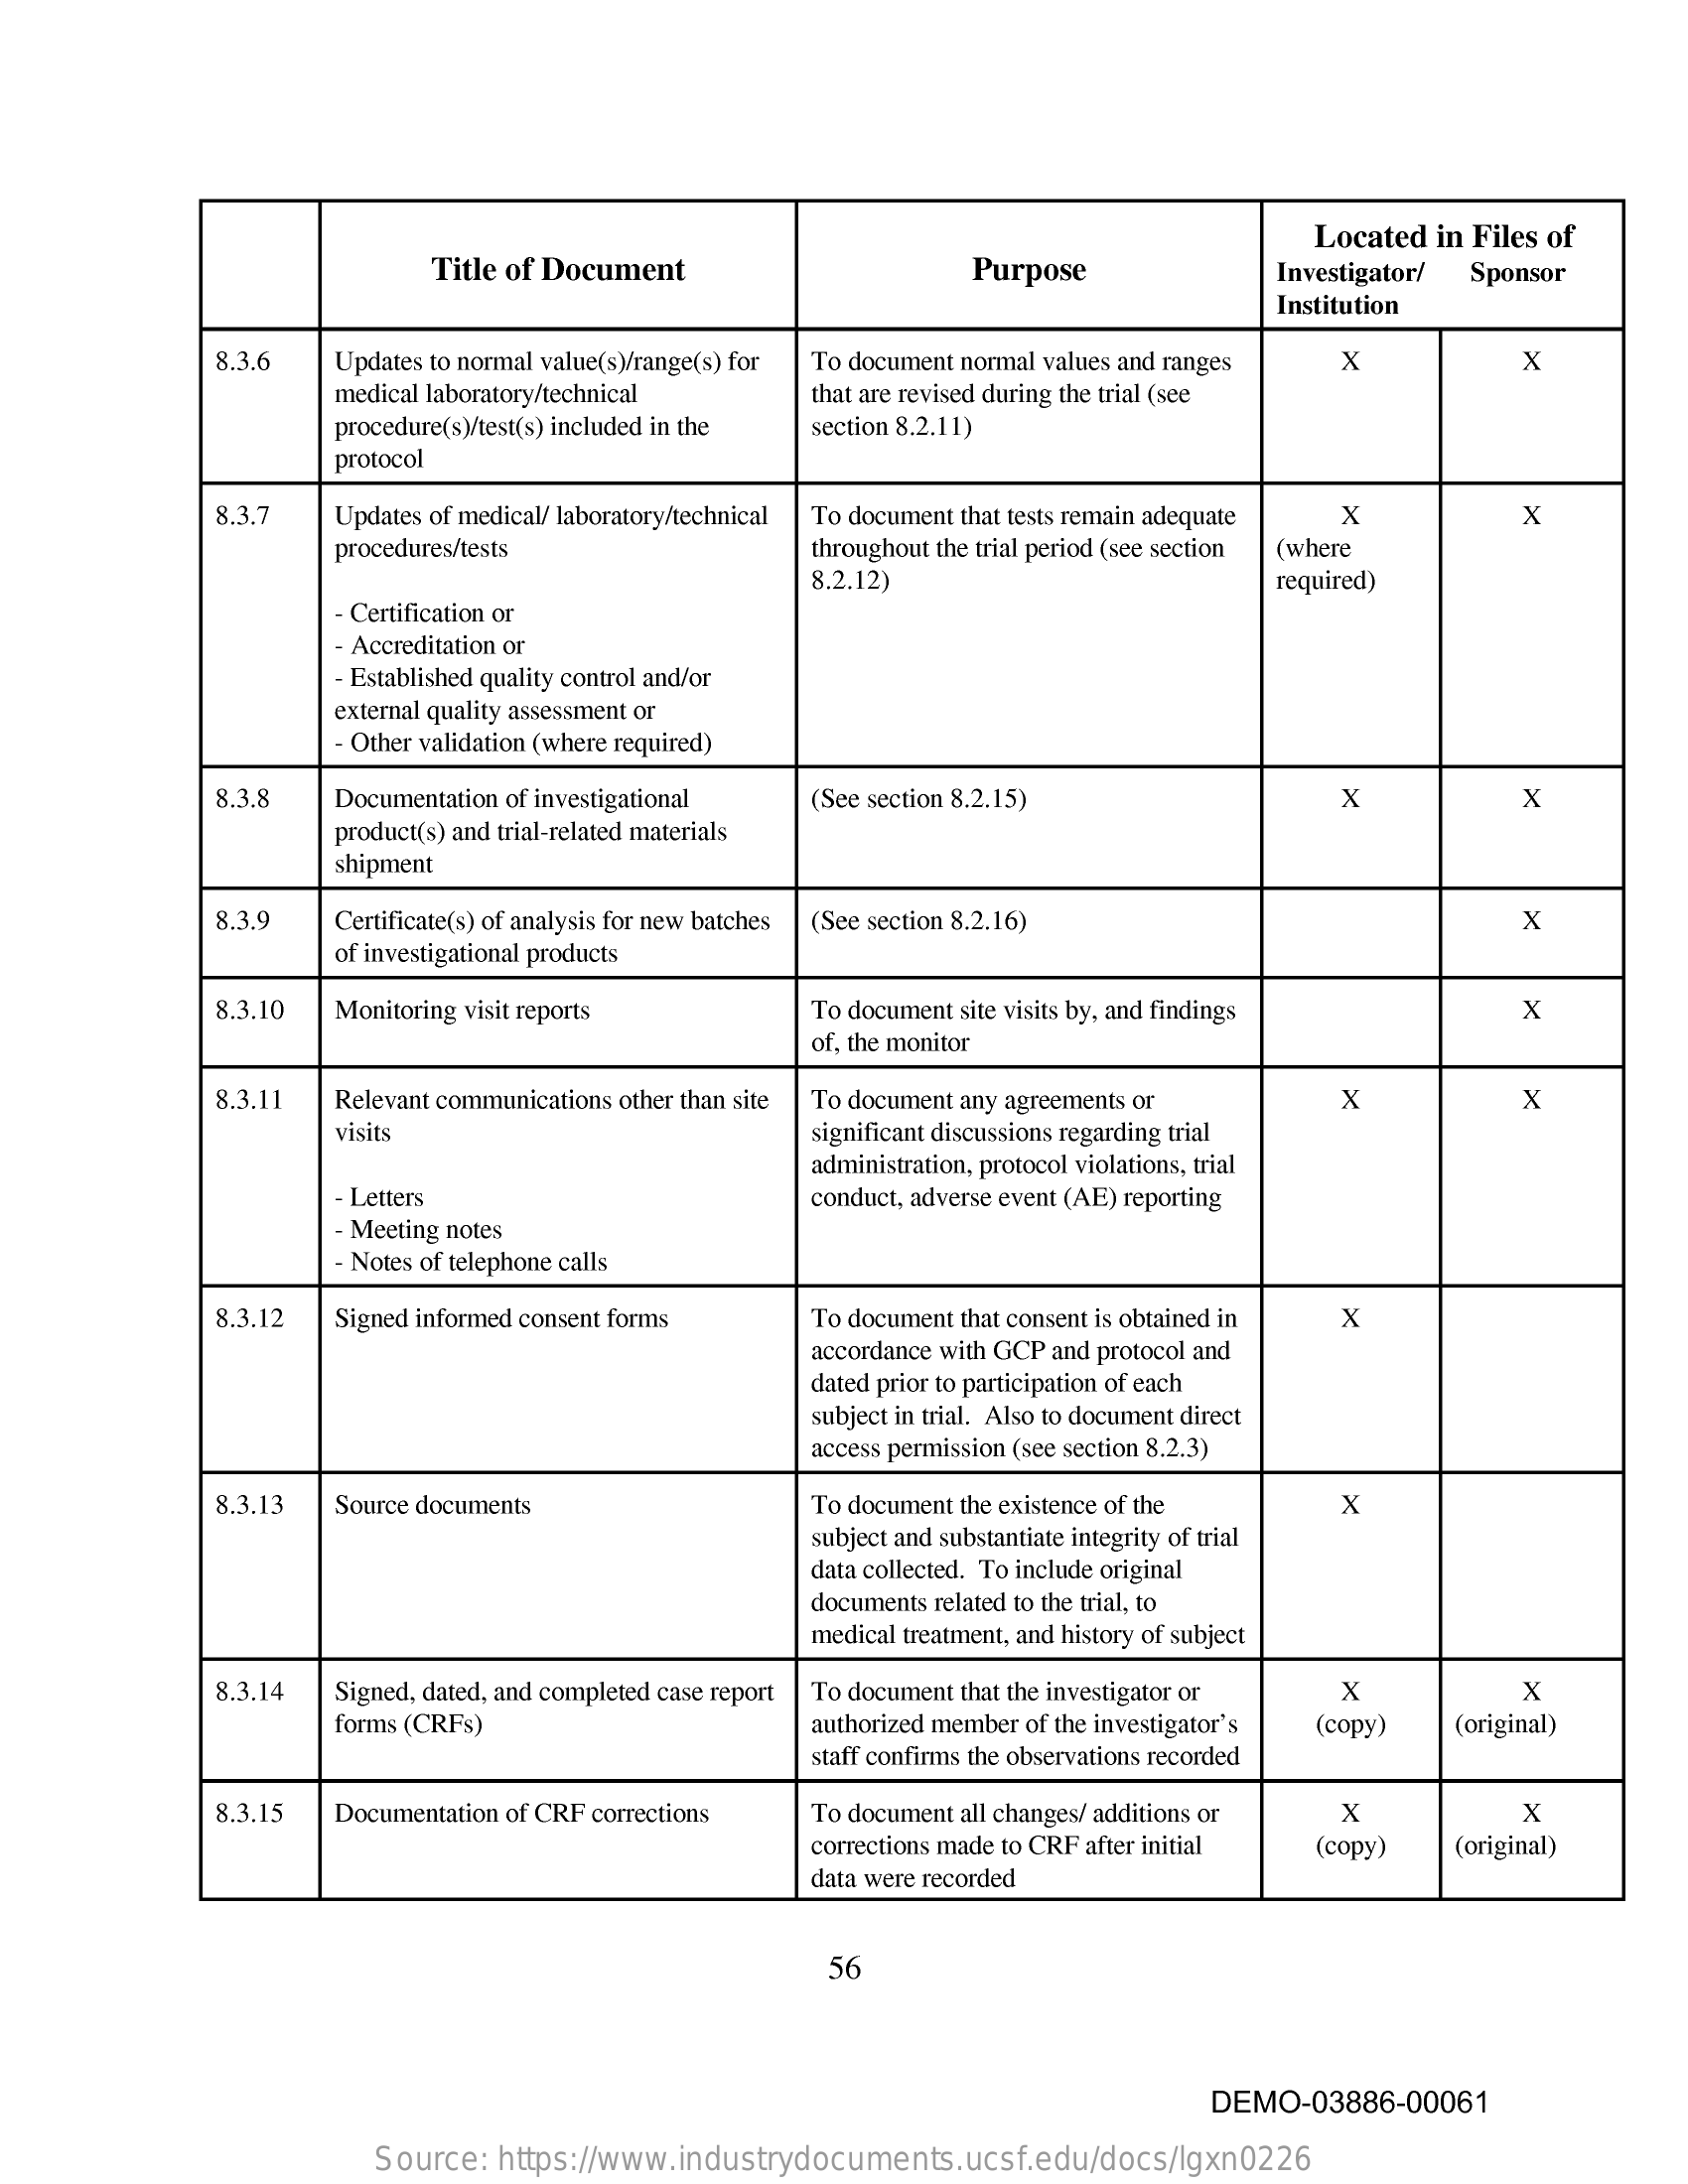
Title of Document    Purpose
     Located in Files of
     Investigator/ Sponsor
     Institution
     8.3.6  Updates to normal value(s)/range(s) for To document normal values and ranges X x
     medical laboratory/technical that are revised during the trial (see
     procedure(s)/test(s) included in the section 8.2.11)
     protocol
     8.3.7  Updates of medical/ laboratory/technical To document that tests remain adequate x x
     procedures/tests    throughout the trial period (see section (where
     8.2.12)
     - Certification or
     required)
     - Accreditation or
     - Established quality control and/or
     external quality assessment or
     - Other validation (where required)
     8.3.8  Documentation of investigational (See section 8.2.15)    X    x
     product(s) and trial-related materials
     shipment
     8.3.9  Certificate(s) of analysis for new batches (See section 8.2.16)    X
     of investigational products
     8.3.10 Monitoring visit reports    To document site visits by, and findings x
     of, the monitor
     8.3.11 Relevant communications other than site To document any agreements or x x
     visits    significant discussions regarding trial
     administration, protocol violations, trial
     Letters    conduct, adverse event (AE) reporting
     - Meeting notes
     - Notes of telephone calls
     8.3.12 Signed informed consent forms To document that consent is obtained in X
     accordance with GCP and protocol and
     dated prior to participation of each
     subject in trial. Also to document direct
     access permission (see section 8.2.3)
     8.3.13 Source documents    To document the existence of the x
     subject and substantiate integrity of trial
     data collected. To include original
     documents related to the trial, to
     medical treatment, and history of subject
     8.3.14 Signed, dated, and completed case report To document that the investigator or x x
     forms (CRFs)    authorized member of the investigator's
     staff confirms the observations recorded
     (copy)  (original)
     8.3.15 Documentation of CRF corrections To document all changes/ additions or x x
     corrections made to CRF after initial (copy) (original)
     data were recorded
     56
     DEMO-03886-00061
     Source: https://www.industrydocuments.ucsf.edu/docs/lgxn0226